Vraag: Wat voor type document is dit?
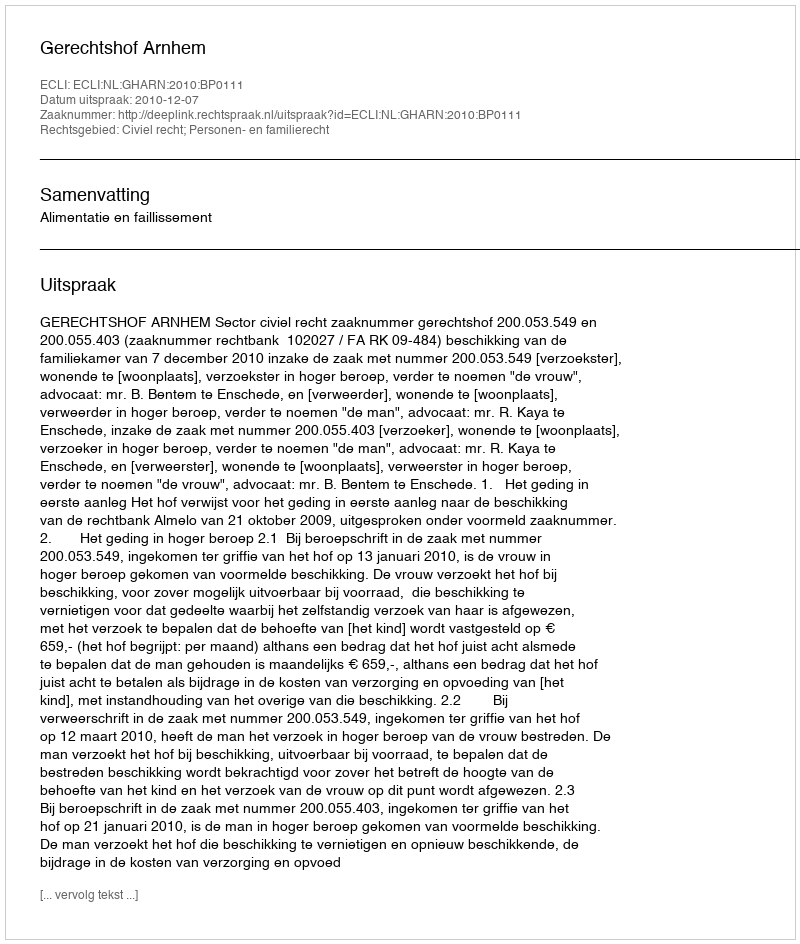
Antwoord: Uitspraak